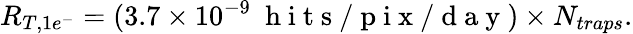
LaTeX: R_{T,1e^{-}}=(3.7\times 10^{-9}~\mathrm{~h~i~t~s~/~p~i~x~/~d~a~y~})\times N_{traps}.